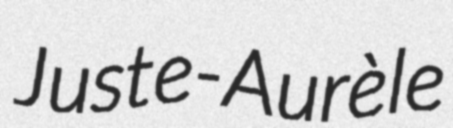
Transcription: Juste-Aurèle